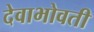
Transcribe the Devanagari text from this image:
देवाभोवती